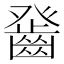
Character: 𤼻